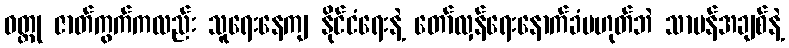
ဝတ္ထု ဇာတ်ကွက်ကလည်း သူရေးနေကျ နိုင်ငံရေးနဲ့ တော်လှန်ရေးနောက်ခံမဟုတ်ဘဲ သာမန်အချစ်နဲ့